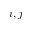
i , j